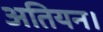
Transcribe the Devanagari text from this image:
अतियन।